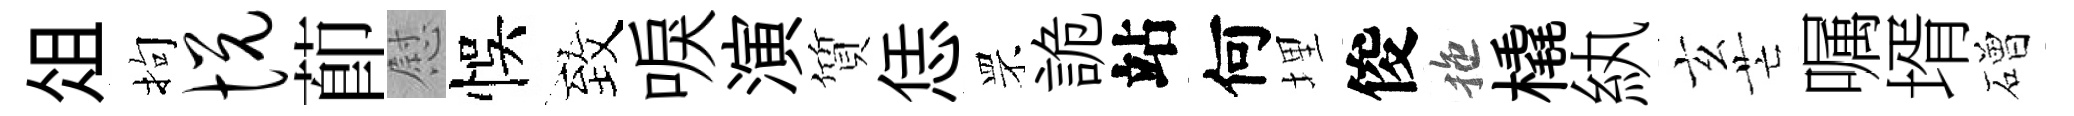
俎拘悦莭慰悞致唳演質恁罘詭站何埋俊拖橇紈玄芒嘱壻磳